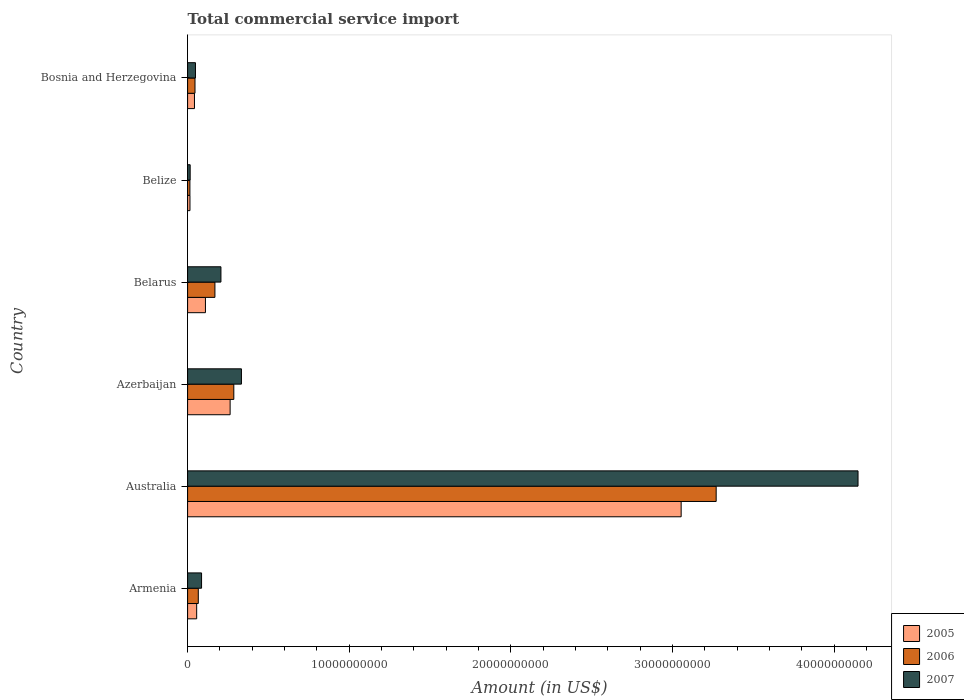
| Country | 2005 | 2006 | 2007 |
 | --- | --- | --- | --- |
 | Armenia | 5.61e+08 | 6.62e+08 | 8.64e+08 |
 | Australia | 3.05e+10 | 3.27e+10 | 4.15e+10 |
 | Azerbaijan | 2.63e+09 | 2.86e+09 | 3.33e+09 |
 | Belarus | 1.1e+09 | 1.69e+09 | 2.06e+09 |
 | Belize | 1.47e+08 | 1.43e+08 | 1.59e+08 |
 | Bosnia and Herzegovina | 4.25e+08 | 4.58e+08 | 4.87e+08 |